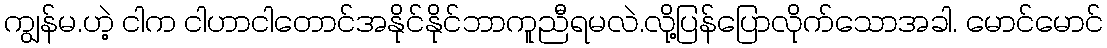
ကျွန်မ.ဟဲ့ ငါက ငါဟာငါတောင်အနိုင်နိုင်ဘာကူညီရမလဲ.လို့ပြန်ပြောလိုက်သောအခါ. မောင်မောင်